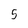
Character: 5